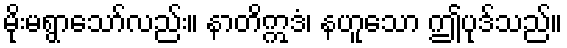
မိုးမရွာသော်လည်း။ နာတိဣဒံ၊ နဟူသော ဤပုဒ်သည်။